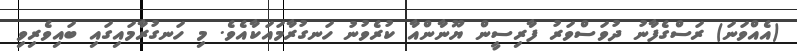
(އެއްވަނަ) ރަސްގެފާނު ދުވަސްވަރު ފާރިސީން ޔޫނާންއާ ކުރެވުނު ހަނގުރާމައަކާއެވެ. މި ހަނގުރާމައިގައި ބައިވެރިވި